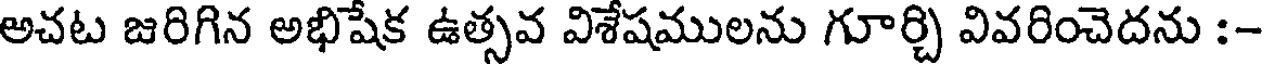
అచట జరిగిన అభిషేక ఉత్సవ విశేషములను గూర్చి వివరించెదను :-